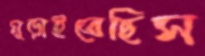
মুড়াইতেছিস